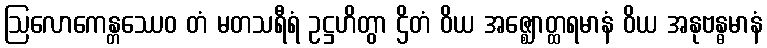
ဩလောကေန္တဿေဝ တံ မတသရီရံ ဥဋ္ဌဟိတွာ ဌိတံ ဝိယ အဇ္ဈောတ္ထရမာနံ ဝိယ အနုဗန္ဓမာနံ